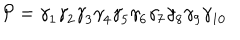
LaTeX: { \cal P } = { \gamma } _ { 1 } { \gamma } _ { 2 } { \gamma } _ { 3 } { \gamma } _ { 4 } { \gamma } _ { 5 } { \gamma } _ { 6 } { \gamma } _ { 7 } { \gamma } _ { 8 } { \gamma } _ { 9 } { \gamma } _ { 1 0 }